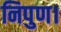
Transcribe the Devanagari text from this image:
निपुण।